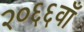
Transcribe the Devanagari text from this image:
२०६६वाँ